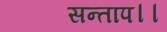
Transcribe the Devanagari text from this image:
सन्‍ताप।।